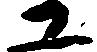
ユ